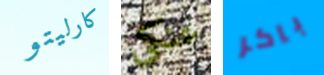
كارليتو عنكي باكر